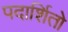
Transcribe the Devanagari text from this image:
पदार्शितो